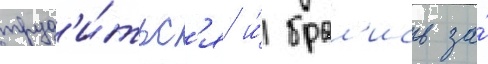
труд'и́тьс'я и́ брал'ись за́